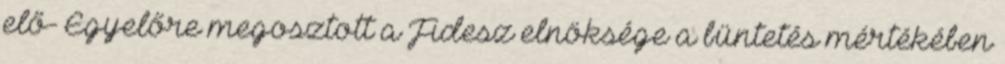
elő- Egyelőre megosztott a Fidesz elnöksége a büntetés mértékében